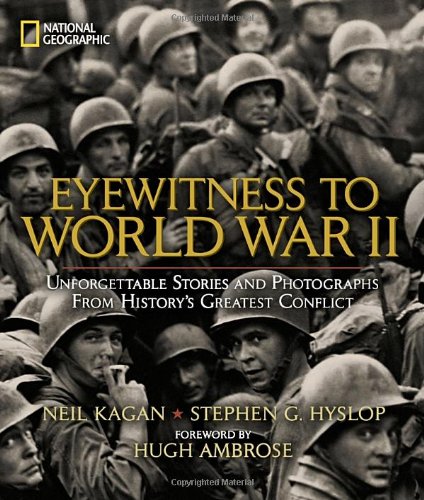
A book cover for Eyewitness to World War II: Unforgettable Stories and Photographs From History's Greatest Conflict; Stephen Hyslop; Arts & Photography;